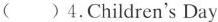
( )4.Children's Day